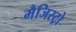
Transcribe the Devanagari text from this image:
मैजिस्ट्रो